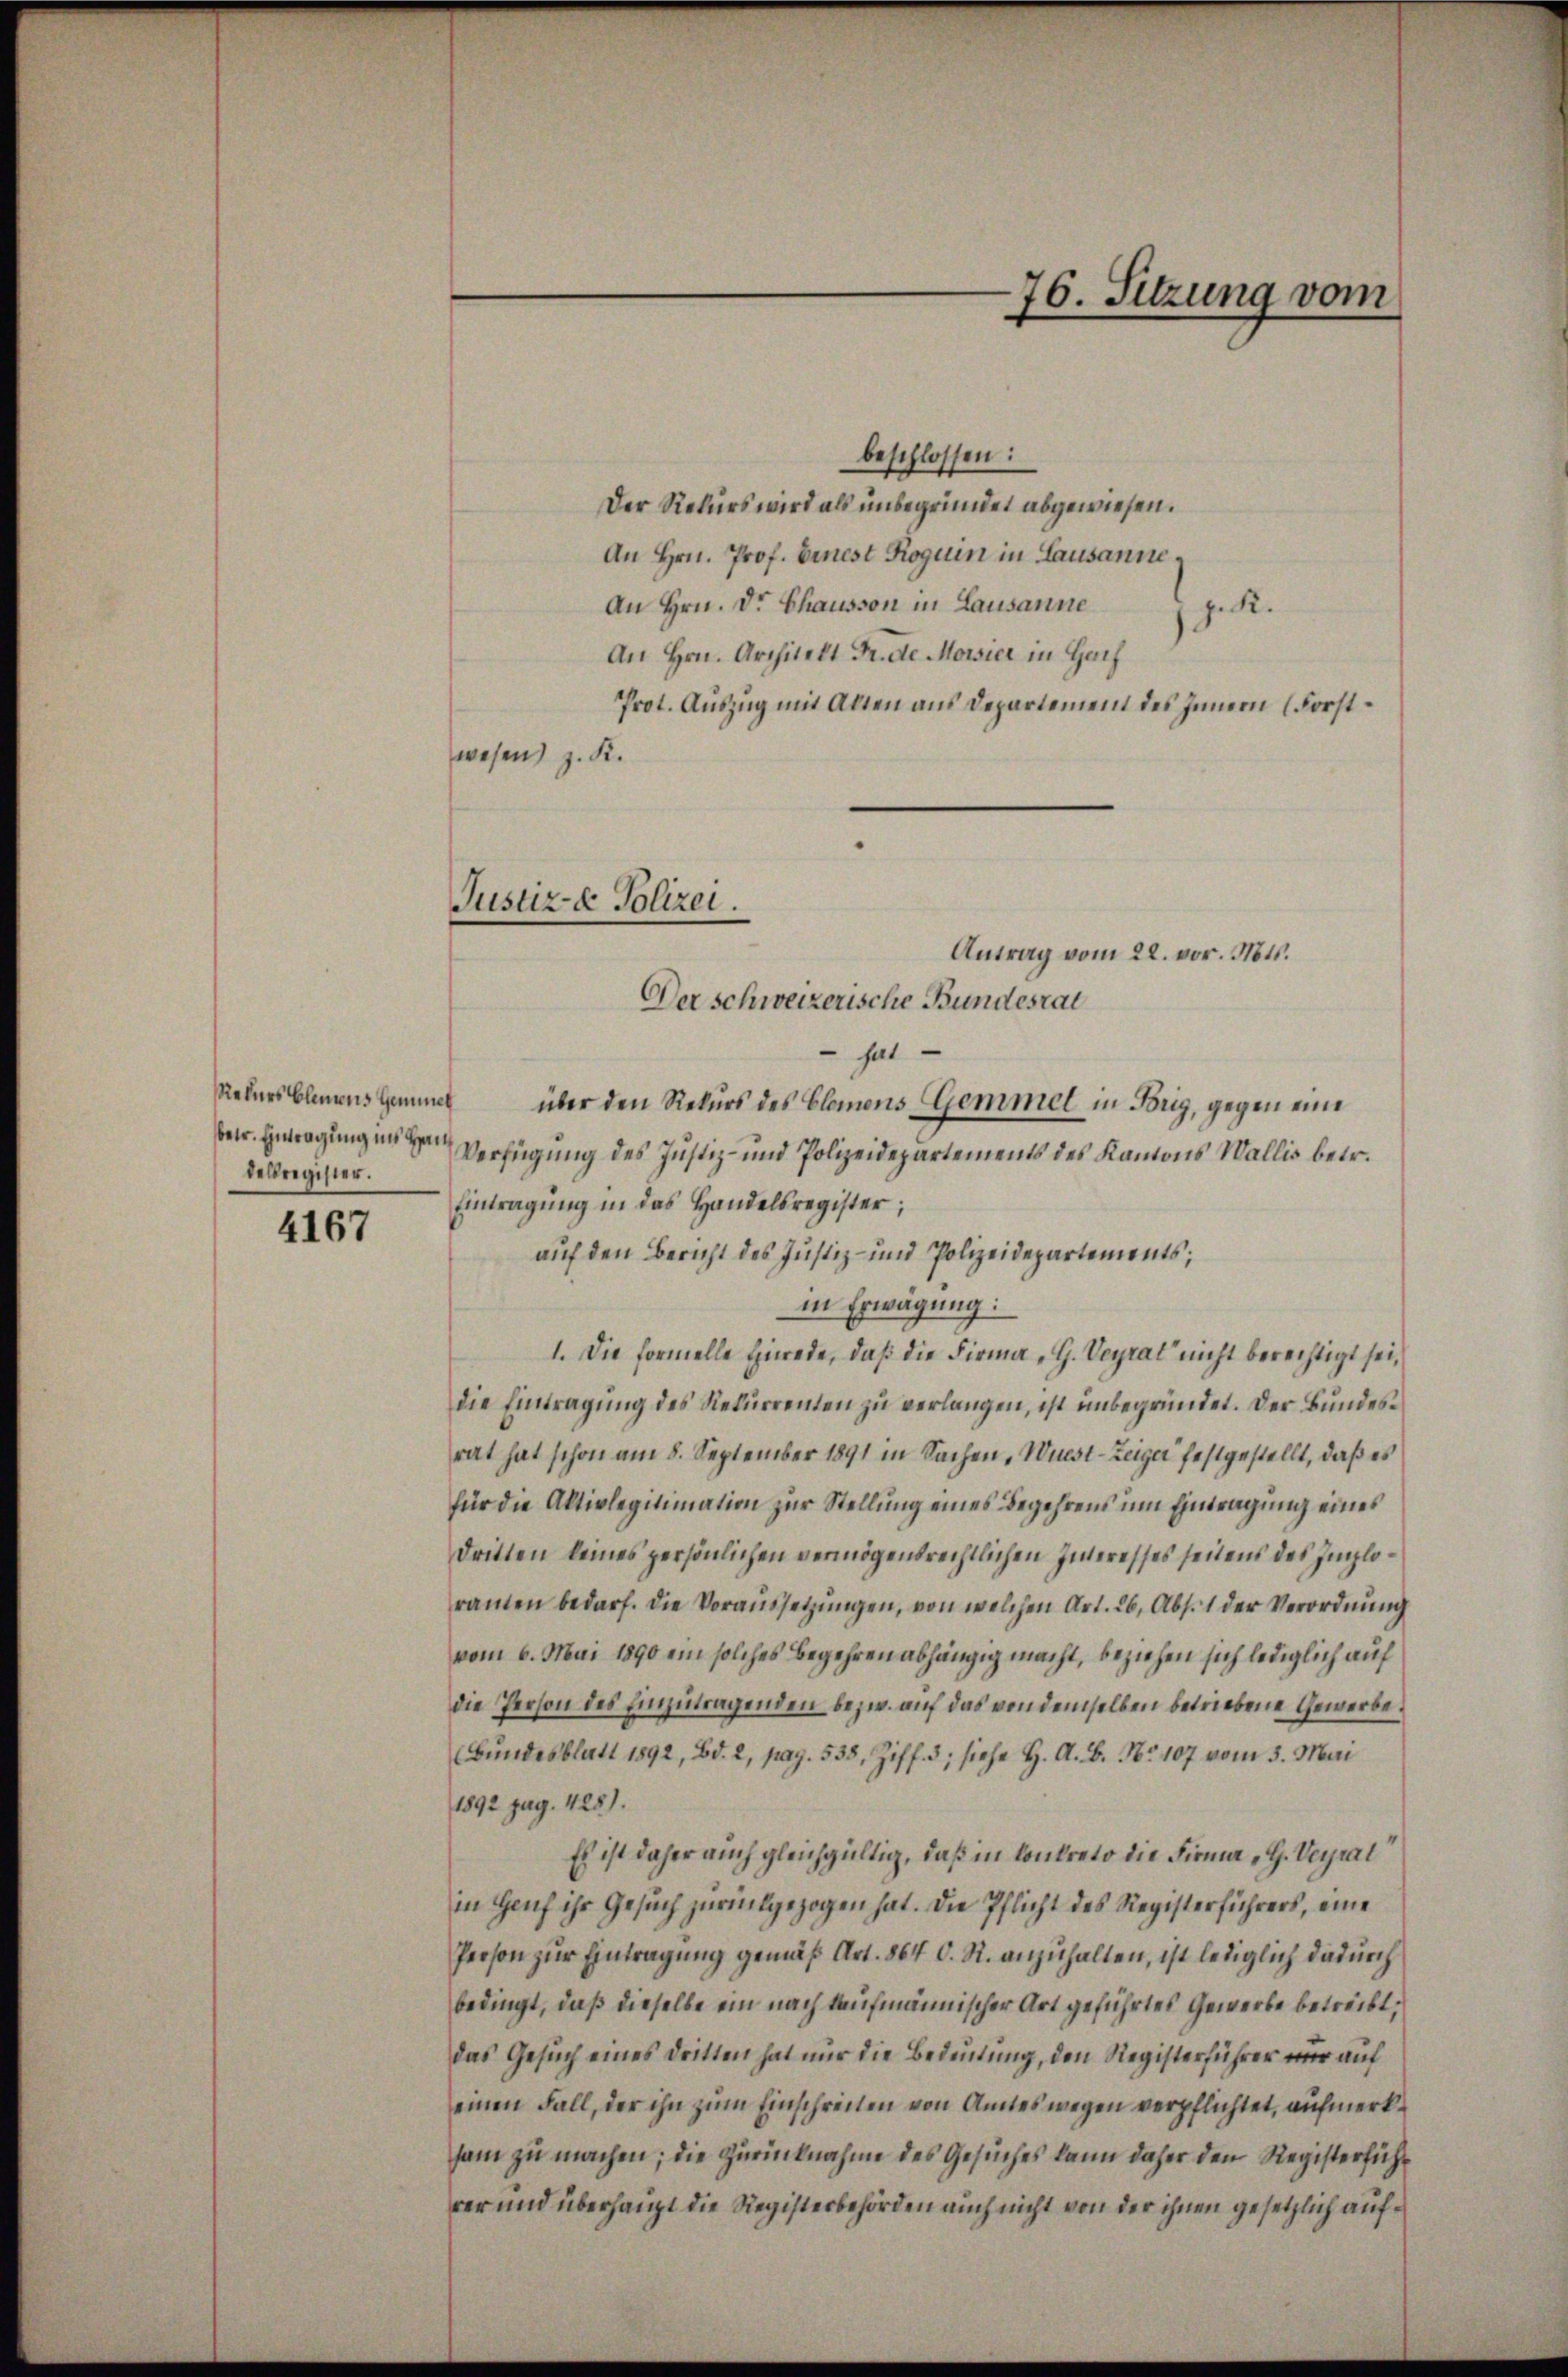
Rekurs bleitens Gemiet
betr. Eintragung ins Handelsregister.

4167

beschlossen:
Der Rekurs wird als unbegründet abgewiesen.
An Hrn. Prof. Einest Roguin in Lausanne
An Hrn. Dr. Chausson in Lausanne z. K.
An Hrn. Architekt Fr. Se. Morsier in Gef
Prot. Auszug mit Alten aus Departement des Innern (Forstwesen z. K.
Antrag vom 22. vor. Mts.
Der schweizerische Bundesrat
 hat
über den Rekurs des Clemens Gemmel in Brig, gegen eine
Verfügung des Justiz- und Polizeidepartements des Kantons Wallis betr.
Eintragung in das Handelsregister;
auf den Bericht des Justiz- und Polizeidepartements;
in Erwägung:
1. Die formelle Hinrede, daß die Firma „G. Veyrat nicht berechtigt sei,
die Eintragung des Rekurrenten zu verlangen, ist unbegründet. Der Bundesrat hat schon am 8. September 1891 in Sachen, Wüest-Zeiger festgestellt, daß es
für die Altivlegitimation zur Stellung eines Begehrens um Eintragung eines
dritten keines persönlichen vermögensrechtlichen Interesses seitens des Imploranten bedarf. Die Voraŭssetzŭngen, von welchen Art. 26, Abs. 1 der Verordnŭng
vom 6. Mai 1890 ein solches Begehren abhängig macht, beziehen sich lediglich auf
die Person des Einzutragenden bezw. auf das von demselben betriebene Gewerbe.
Bŭndesblatt 1892, Bd. 2, pag. 538. Ziff. 3; siehe H. A. B. Nr. 107 vom 5. Mai
1892 pag. 428).
Es ist daher auch gleichgültig, daß in Konkreto die Firma „G. Veyrat
in Heuf ihr Gesuch zurückgezogen hat. Die Pflicht des Registerführers, eine
Person zur Eintragung gemäß Art. 864 C. R. anzuhalten, ist lediglich dadurch
bedingt, daß dieselbe ein nach kaufmännischer Art geführtes Gewerbe betreibt,
das Gesuch eines Dritten hat nur die Bedeutung, den Registerführer nur auf
einen Fall, der ihn zum Einschreiten von Amtes wegen verpflichtet, aufmerksam zu machen; die Zurücknahme des Gesuches kann daher den Registerführer und überhaupt die Registerbehörden auch nicht von der ihnen gesetzlich auf¬

Jusur- & Polizei.

76. Sitzung vom